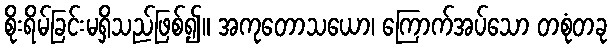
စိုးရိမ်ခြင်းမရှိသည်ဖြစ်၍။ အကုတောသယော၊ ကြောက်အပ်သော တစုံတခု